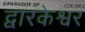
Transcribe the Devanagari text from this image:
द्वारकेश्वर